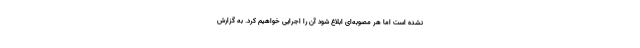
نشده است اما هر مصوبه‌ای ابلاغ شود آن را اجرایی خواهیم کرد. به گزارش